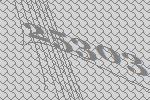
25303